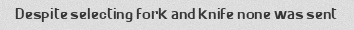
Despite selecting fork and knife none was sent